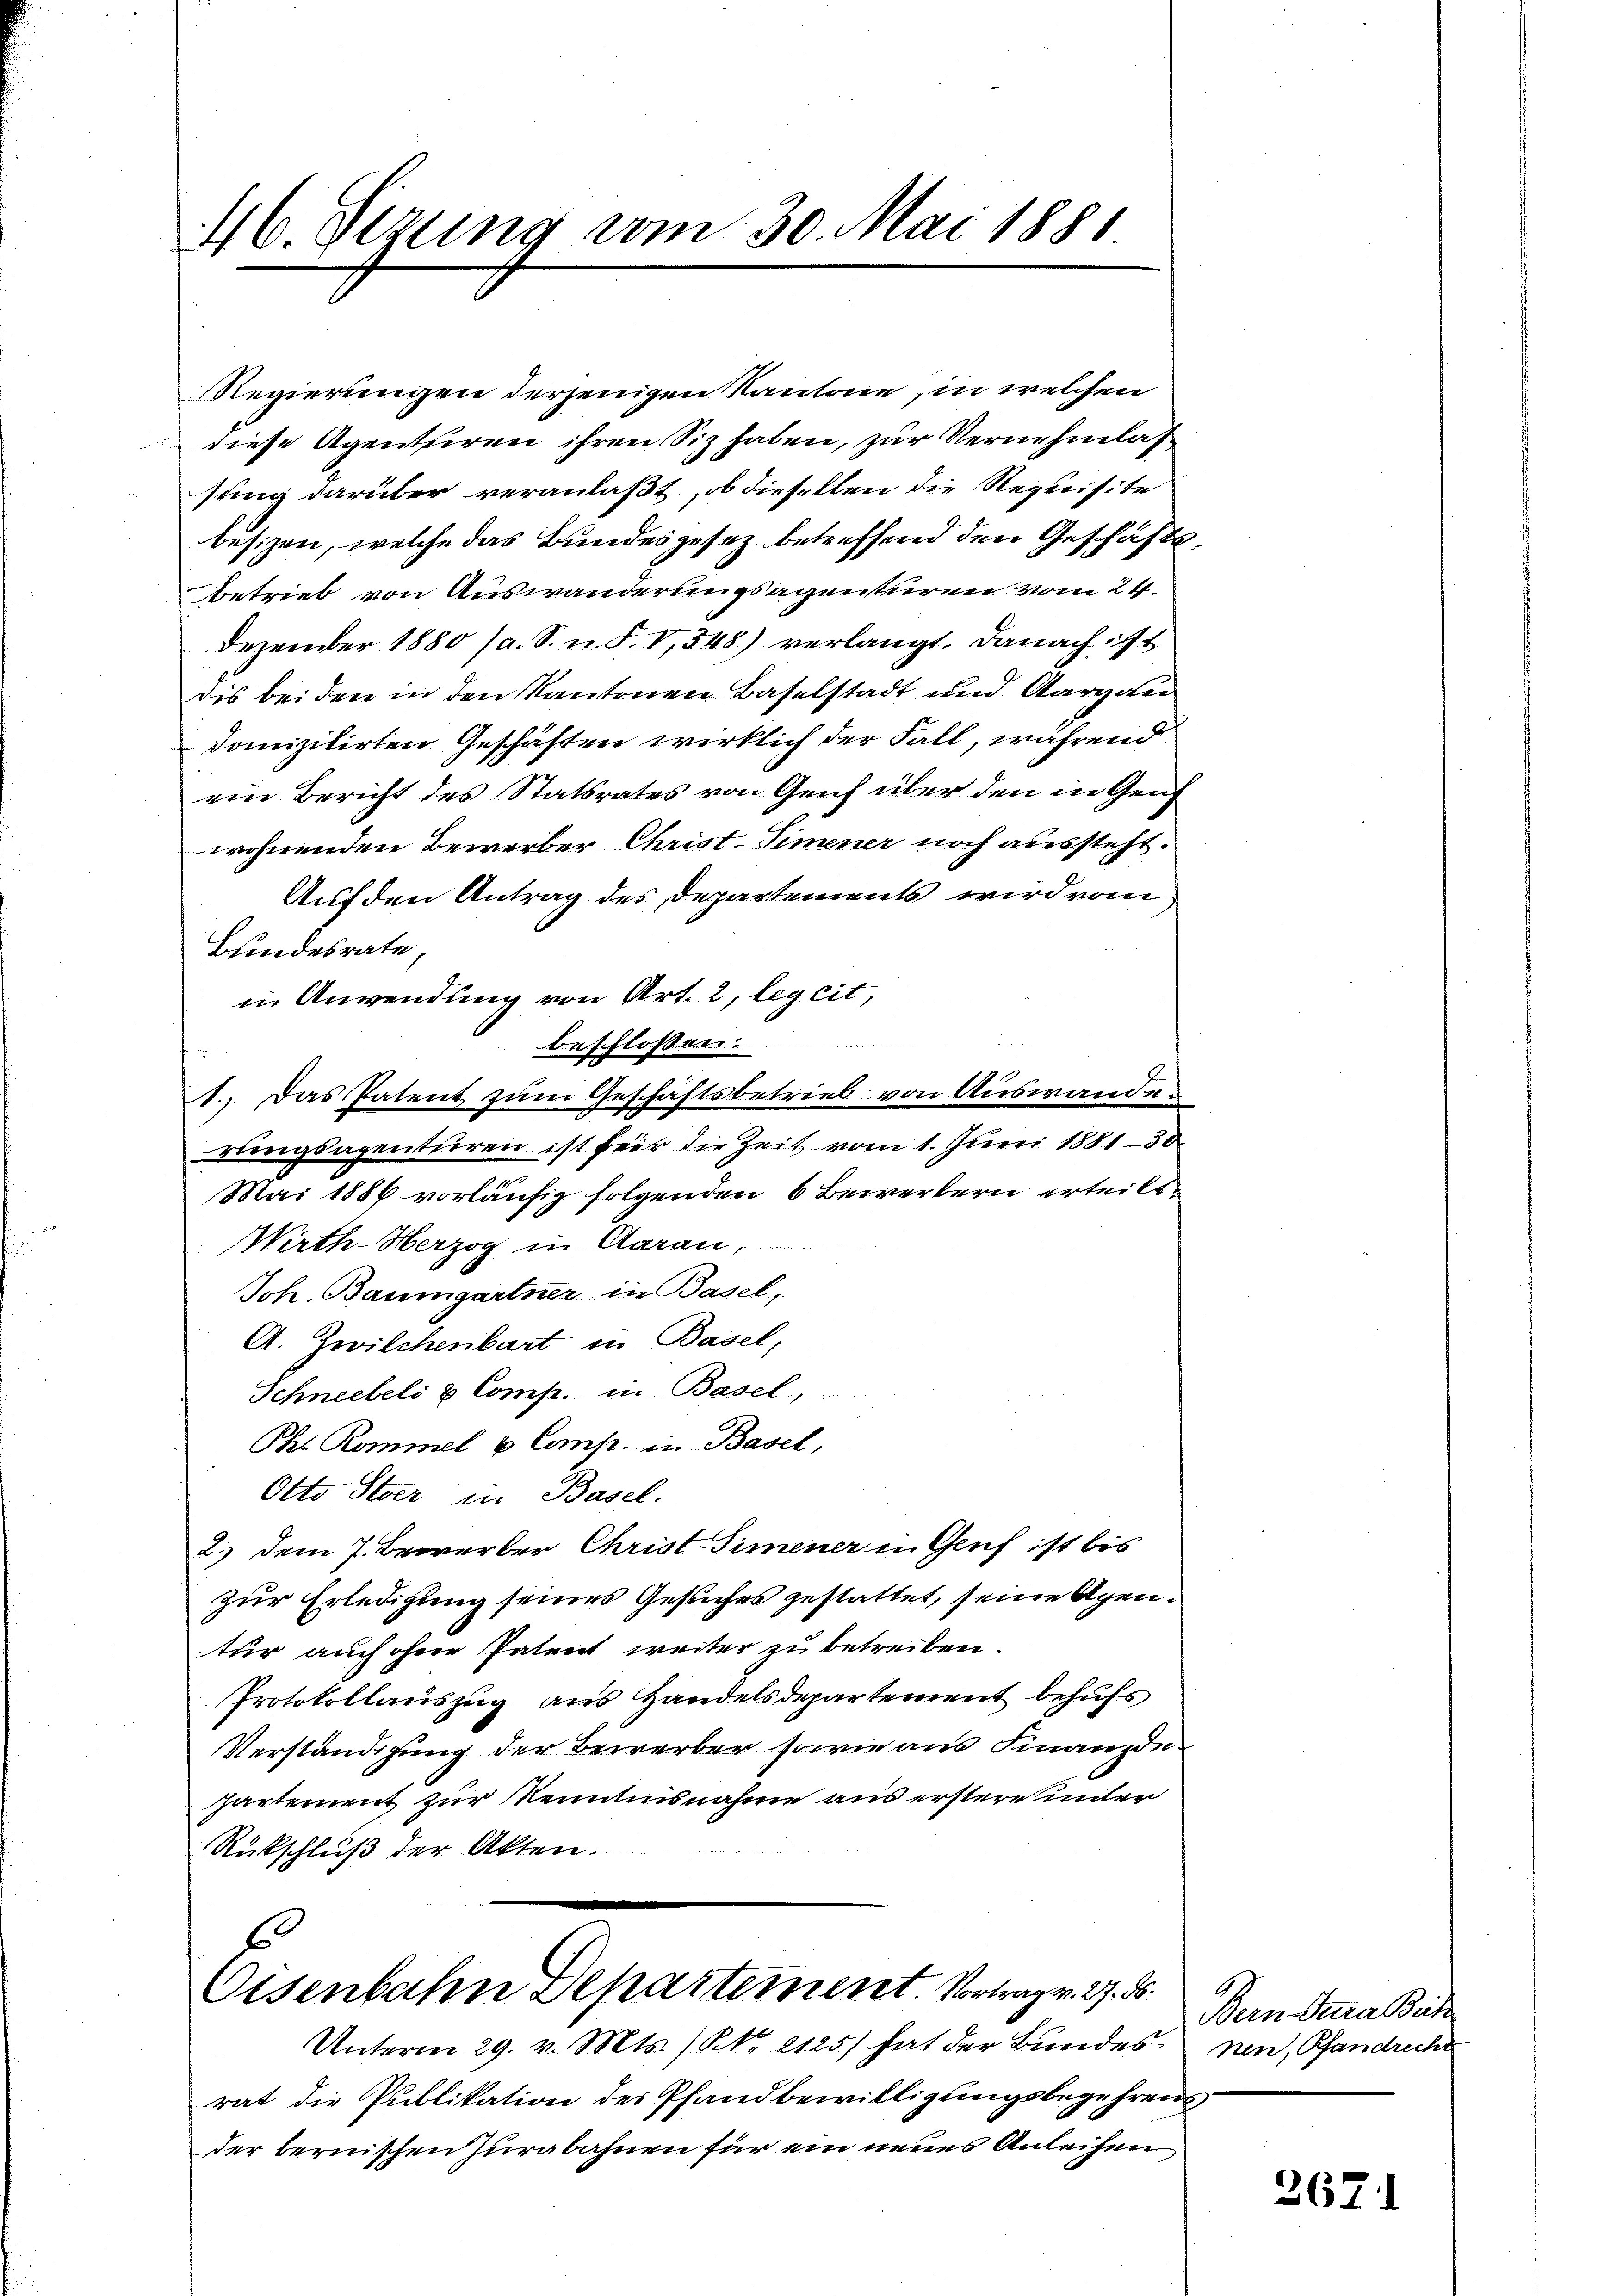
46. Sizung vom 30. Mai 1881

Regierungen derjenigen Kantone, in welchen
diese Agenturen ihren Siz haben, zur Vernehmlassung darüber veranlaßt, ob dieselben die Requisite
besizen, welche das Bundesgesez betreffend den Geschäftsbetrieb von Auswanderungsagenturen vom 24.
Dezember 1880 (a. S. n. F. V,548) verlangt. Danach ist
dis beiden in den Kantonen Baselstadt und Aargau
domizilirten Geschäften wirklich der Fall, während
ein Bericht des Statsrates von Genf über den in Genf
wohnenden Bewerber Christ-Simener noch aussteht.
Auf den Antrag des Departements wird vom
Bundesrate
in Anwendung von Art. 2, leg cit,
2
beschlossen:
1. Das Patent zum Geschäftsbetrieb von Auswanden
rungsagenturen ist für die Zeit vom 1. Juni 1881-30
Mai 1886 vorläufig folgenden 6 Bewerbern erteilt,
Wirth-Herzog in Aarau,
Joh. Baumgartner, in Basel,
A. Zwilchenbart in Basel,
Schneebeli u. Comp. in Basel,
Ph. Kommel & Comp. in Basel,
Otto Stoer in Basel.
2.) dem 7. Bewerber Christ Simener in Genf ist bis
zur Erledigung seines Gesuches gestattet, seine Agentur auch ohne Patent weiter zu betreiben.
Protokollauszug aus Handelsdepartement behufs
Verständigung der Bewerber sowie aus Finanzde
partement zur Kenntnisnahme aus erstere unter
Rückschluß der Akten.

6
Oisenbahn Departement. Vortrag v. 27. ds.
Unterm 29. v. Mts. (N. 2125) hat der Bundes, nen, Pfandrecht

rat die Publikation des Pfandbewilligungsbegehrens
der bernischen Zurabahnen für ein neues Anleihen

Bern Sara Bach

2671